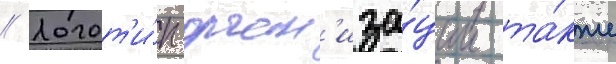
// Логот'и́п орган'иза́ции та́кже